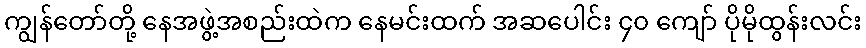
ကျွန်တော်တို့ နေအဖွဲ့အစည်းထဲက နေမင်းထက် အဆပေါင်း ၄၀ ကျော် ပိုမိုထွန်းလင်း